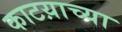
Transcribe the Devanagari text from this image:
काटय़ाच्या